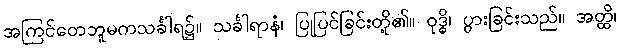
အကြင်တေဘူမကသင်္ခါရ၌။ သင်္ခါရာနံ၊ ပြုပြင်ခြင်းတို့၏။ ဝုဒ္ဓိ၊ ပွားခြင်းသည်။ အတ္ထိ၊